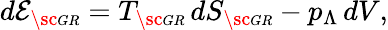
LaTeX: d{\cal E}_{\sc\scriptscriptstyle GR}=T_{\sc\scriptscriptstyle GR}\, dS_{\sc\scriptscriptstyle GR}-p_{\Lambda}\, dV,